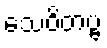
သေဝိတဗ္ဗ